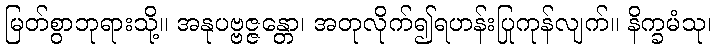
မြတ်စွာဘုရားသို့။ အနုပဗ္ဗဇ္ဇန္တော၊ အတုလိုက်၍ရဟန်းပြုကုန်လျက်။ နိက္ခမံသု၊